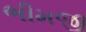
ભીમજી